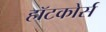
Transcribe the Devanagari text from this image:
हॉटकोर्स